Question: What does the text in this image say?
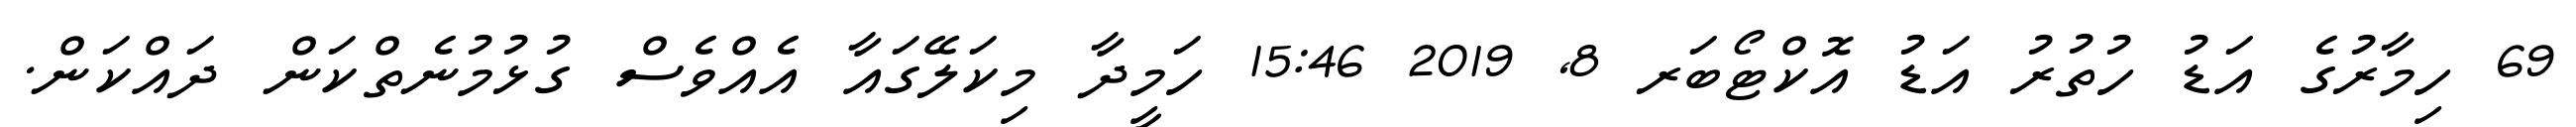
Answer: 69 ހިމާރުގެ އަޑު ހުތުރު އަޑު އޮކްޓޯބަރ 8, 2019 15:46 ހަމީދާ މިކަލޭގައާ އެއްވެސް ގުޅުމުނެތްކަން ދައްކަން.